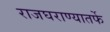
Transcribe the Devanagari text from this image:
राजघराण्यातर्फे